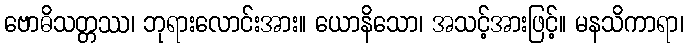
ဗောဓိသတ္တဿ၊ ဘုရားလောင်းအား။ ယောနိသော၊ အသင့်အားဖြင့်။ မနသိကာရာ၊